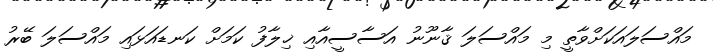
މައްސަލައަކަށްވާތީ މި މައްސަލަ ޤާނޫނު އަސާސީއާއި ޚިލާފު ކަމަށް ކަނޑައަޅައި މައްސަލަ ބޭރު